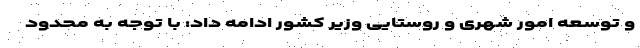
و توسعه امور شهری و روستایی وزیر کشور ادامه داد: با توجه به محدود